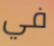
في